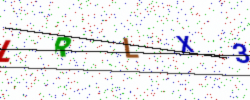
Text: LRLX3